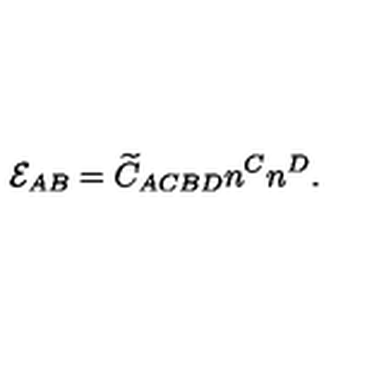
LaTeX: { \cal E } _ { A B } = \widetilde { C } _ { A C B D } n ^ { C } n ^ { D } .